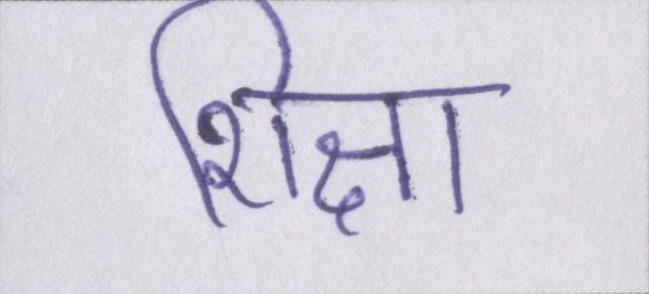
शिक्षा